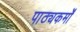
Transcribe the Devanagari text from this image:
पाठ्यकर्मों